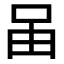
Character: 𠰬